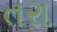
તરા